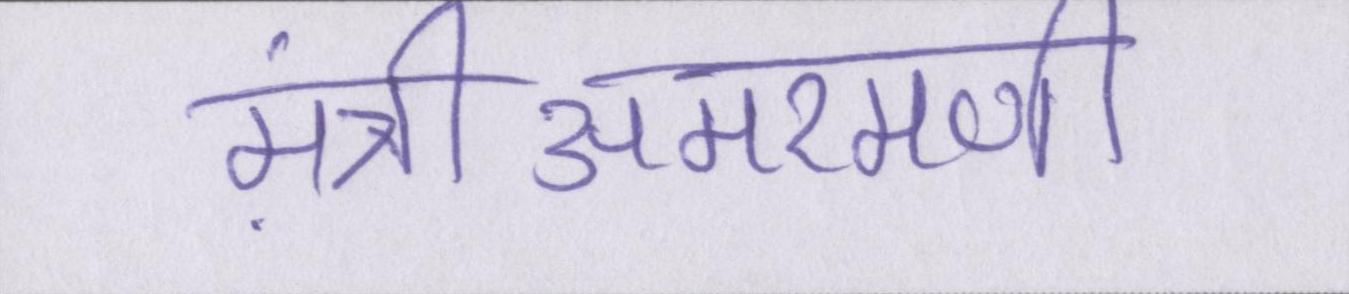
मंत्रीअमरमणी